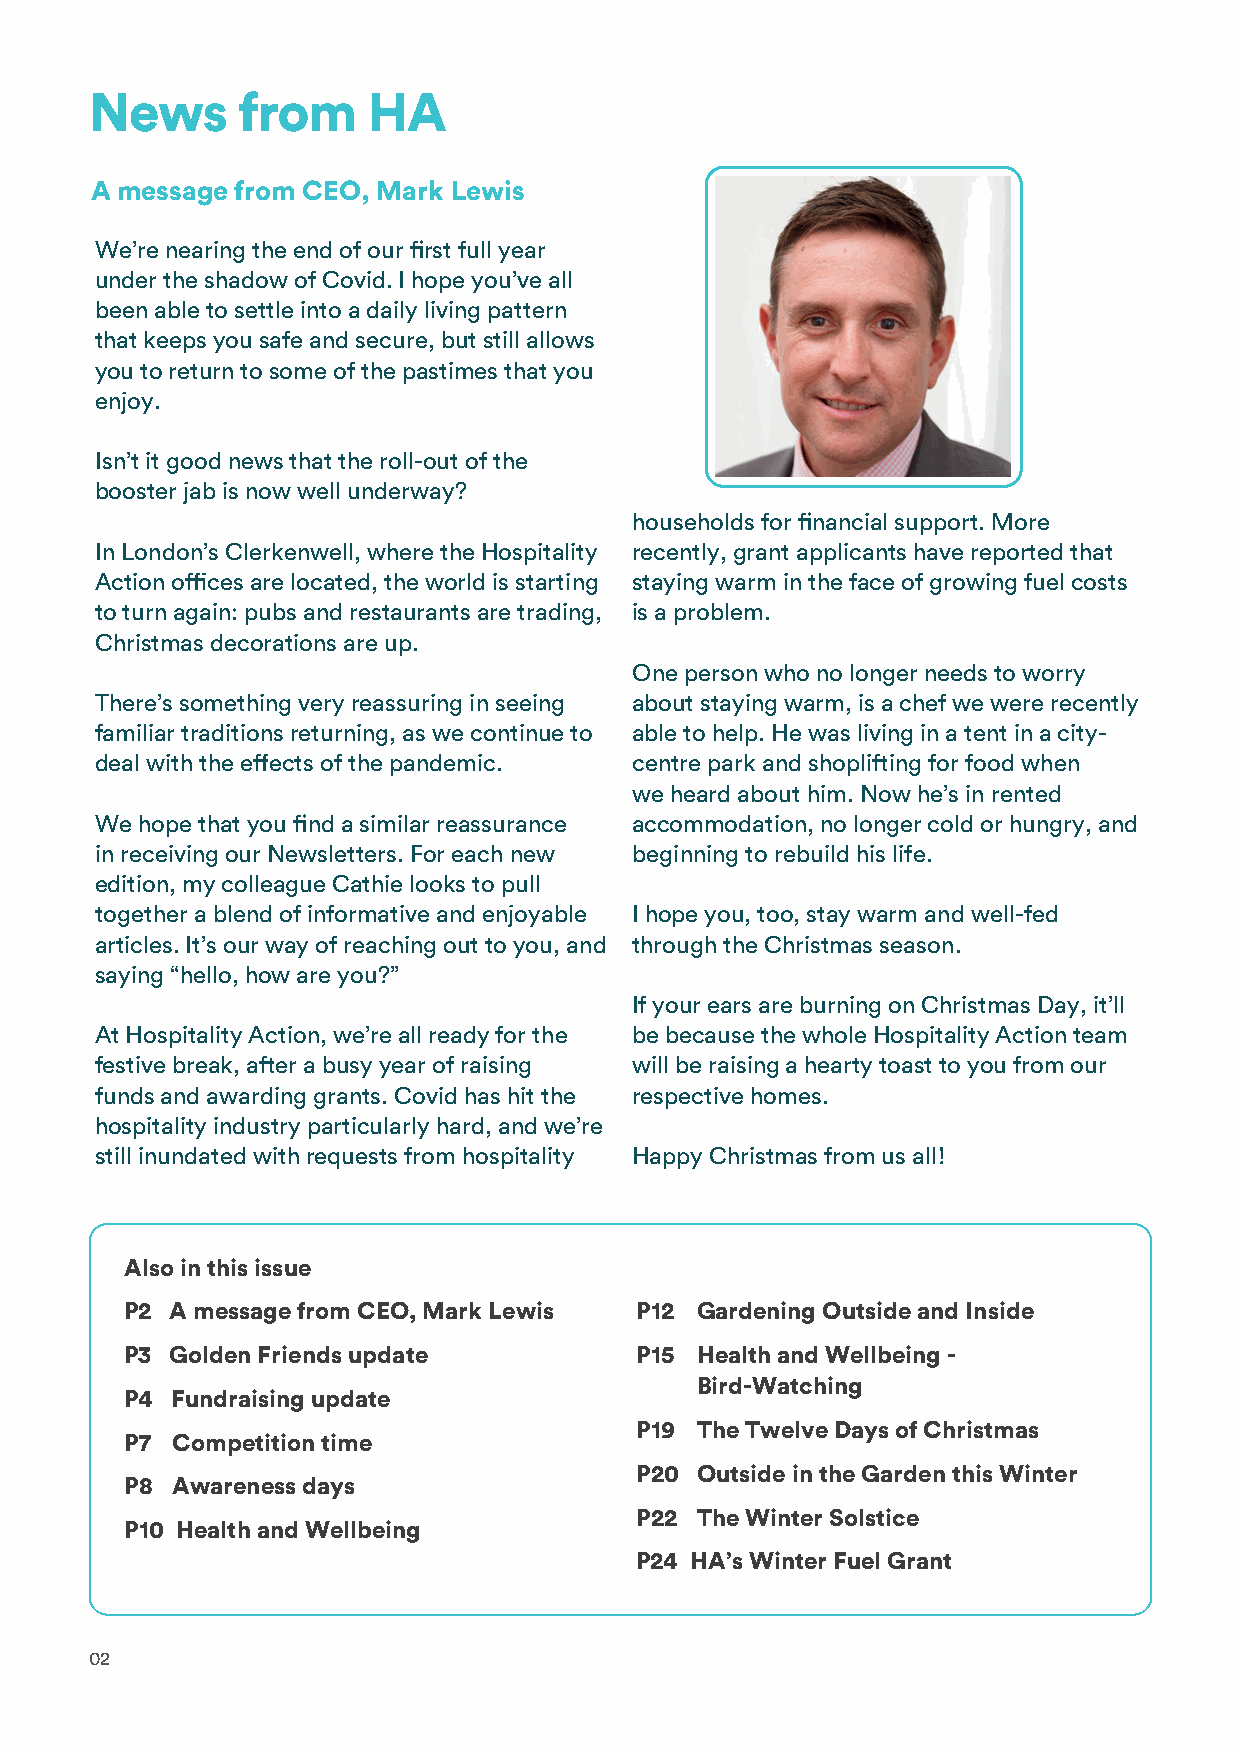
News      from    HA
 A message from CEO, Mark Lewis
 We’re nearing the end of our first full year
 under the shadow of Covid. I hope you’ve all
 been able to settle into a daily living pattern
 that keeps you safe and secure, but still allows
 you to return to some of the pastimes that you
 enjoy.
 Isn’t it good news that the roll-out of the
 booster jab is now well underway?
 households for financial support. More
 In London’s Clerkenwell, where the Hospitality recently, grant applicants have reported that
 Action offices are located, the world is starting staying warm in the face of growing fuel costs
 to turn again: pubs and restaurants are trading, is a problem.
 Christmas decorations are up.
 One person who no longer needs to worry
 There’s something very reassuring in seeing about staying warm, is a chef we were recently
 familiar traditions returning, as we continue to able to help. He was living in a tent in a city-
 deal with the effects of the pandemic. centre park and shoplifting for food when
 we heard about him. Now he’s in rented
 We hope that you find a similar reassurance accommodation, no longer cold or hungry, and
 in receiving our Newsletters. For each new beginning to rebuild his life.
 edition, my colleague Cathie looks to pull
 together a blend of informative and enjoyable I hope you, too, stay warm and well-fed
 articles. It’s our way of reaching out to you, and through the Christmas season.
 saying “hello, how are you?”
 If your ears are burning on Christmas Day, it’ll
 At Hospitality Action, we’re all ready for the be because the whole Hospitality Action team
 festive break, after a busy year of raising will be raising a hearty toast to you from our
 funds and awarding grants. Covid has hit the respective homes.
 hospitality industry particularly hard, and we’re
 still inundated with requests from hospitality Happy Christmas from us all!
 Also in this issue
 P2 A message from CEO, Mark Lewis P12 Gardening Outside and Inside
 P3 Golden Friends update          P15 Health and Wellbeing -
 Bird-Watching
 P4 Fundraising update
 P19 The Twelve Days of Christmas
 P7 Competition time
 P20 Outside in the Garden this Winter
 P8 Awareness days
 P22 The Winter Solstice
 P10 Health and Wellbeing
 P24 HA’s Winter Fuel Grant
 02